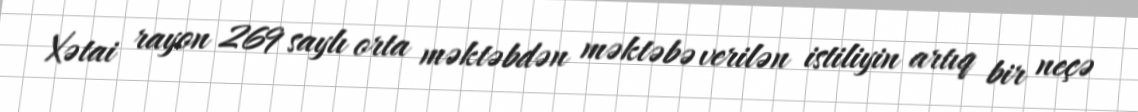
Xətai rayon 269 saylı orta məktəbdən məktəbə verilən istiliyin artıq bir neçə